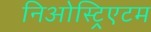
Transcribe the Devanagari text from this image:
निओस्ट्रिएटम